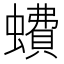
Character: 𧑈